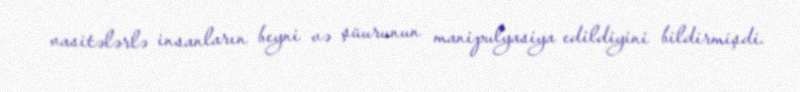
vasitələrlə insanların beyni və şüurunun manipulyasiya edildiyini bildirmişdi.